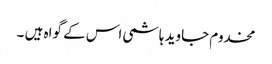
مخدوم جاوید ہاشمی اس کے گواہ ہیں ۔